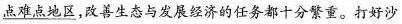
点难点地区，改善生态与发展经济的任务都十分繁重。打好沙